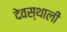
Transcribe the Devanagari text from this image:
देवस्थाली